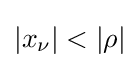
|x_{\nu }|<|\rho |